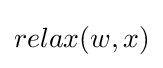
relax(w,x)